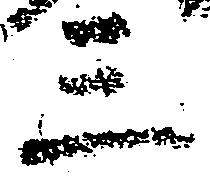
三